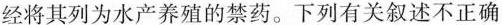
经将其列为水产养殖的禁药。下列有关叙述不正确